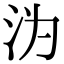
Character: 沩